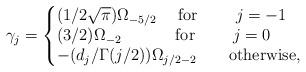
LaTeX: \begin{align*} \gamma_j= \left\{ \begin{minipage}[c]{7cm} $(1/ 2\sqrt{\pi}) {\Omega_{-5/2}} \quad$ {\rm for} \qquad $j=-1$\\ ${(3/ 2)} \Omega_{-2} \quad\qquad$ {\rm for} \qquad $j=0$\\ ${-(d_j / \Gamma(j/2))}\Omega_{j/2-2} \qquad \rm{otherwise}$, \end{minipage}\right.\end{align*}